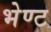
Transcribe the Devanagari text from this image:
भेण्ट